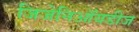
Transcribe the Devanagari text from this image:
जिजेनिऑयडीज